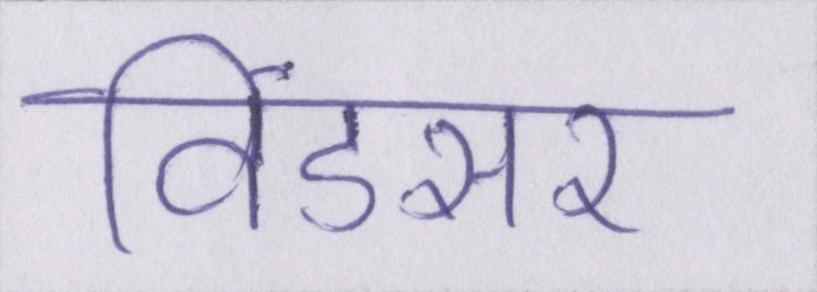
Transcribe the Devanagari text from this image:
विंडसर